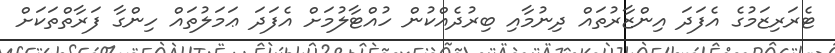
ޓެރަރިޒަމުގެ އެފަދަ އިންޒާރުތައް ދިނުމާއި ބިރުދެއްކުން ހުއްޓާލުމަށް އެފަދަ ޢަމަލުތައް ހިންގާ ފަރާތްތަކަށް